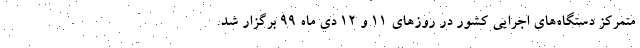
متمرکز دستگاه‌های اجرایی کشور در روزهای ۱۱ و ۱۲ دی ماه ۹۹ برگزار شد.